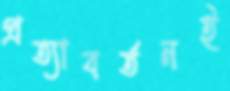
প্রত্যাবর্তনই